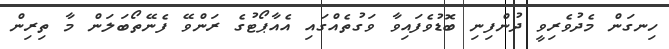
ހިނގަން މެދުވެރިވީ ދުންފިނި ބޮޑުވެފައިވާ ވަގުތެއްގައި އެއާޕޯޓުގެ ރަންވޭ ފެނޭތޯބަލަން މާ ތިރިން